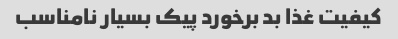
کیفیت غذا بد برخورد پیک بسیار نامناسب